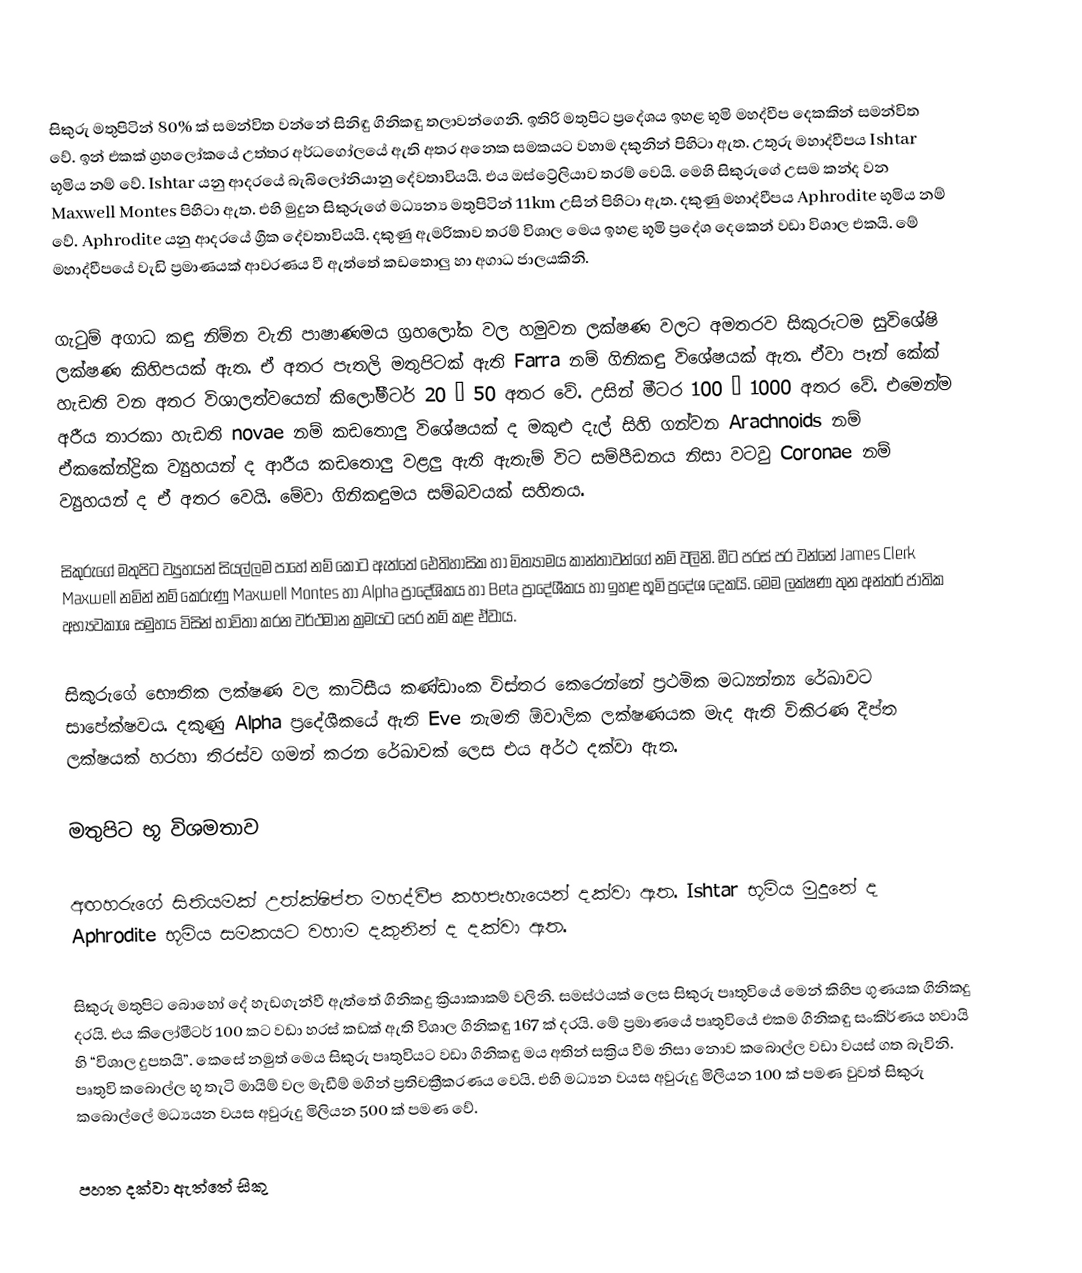
සිකුරු මතුපිටින් 80% ක් සමන්විත වන්නේ සිනිඳු ගිනිකඳු තලාවන්ගෙනි. ඉතිරි මතුපිට ප්‍රදේශය ඉහළ භූමි මහද්වීප දෙකකින් සමන්විත වේ. ඉන් එකක් ග්‍රහලෝකයේ උත්තර අර්ධ‍ගෝලයේ ඇති අතර අනෙක සමකයට වහාම දකුනින් පිහිටා ඇත. උතුරු මහාද්වීපය Ishtar භූමිය නම් වේ. Ishtar යනු ආදරයේ බැබිලෝනියානු දේවතාවියයි. එය ඔස්ට්‍රේලියාව තරම් වෙයි. මෙහි සිකුරුගේ උසම කන්ද වන Maxwell Montes පිහිටා ඇත. එහි මුදුන සිකුරුගේ මධ්‍යන්‍ය මතුපිටින් 11km උසින් පිහිටා ඇත. දකුණු මහාද්වීපය Aphrodite භූමිය නම් වේ. Aphrodite යනු ආදරයේ ග්‍රීක දේවතාවියයි. දකුණු ඇමරිකාව තරම් විශාල මෙය ඉහළ භූමි ප්‍රදේශ දෙකෙන් වඩා විශාල එකයි. මේ මහාද්වීපයේ වැඩි ප්‍රමාණයක් ආවරණය වී ඇත්තේ කඩතොලු හා අගාධ ජාලයකිනි.

ගැටුම් අගාධ කඳු නිම්න වැනි පාෂාණමය ග්‍රහලෝක වල හමුවන ලක්ෂණ වලට අමතරව සිකුරුටම සුවිශේෂි ලක්ෂණ කිහිපයක් ඇත. ඒ අතර පැතලි මතුපිටක් ඇති Farra  නම් ගිනිකඳු විශේෂයක් ඇත. ඒවා පෑන් කේක් හැඩති වන අතර විශාලත්වයෙන් කිලෝමීටර් 20 – 50 අතර වේ. උසින් මීටර 100 – 1000 අතර වේ. එමෙන්ම අරීය තාරකා හැඩති novae නම් කඩතොලු විශේෂයක් ද මකුළු දැල් සිහි ගන්වන Arachnoids නම්  ඒකකේන්ද්‍රික ව්‍යුහයන් ද ආරීය කඩතොලු වළලු ඇති ඇතැම් විට සම්පීඩනය නිසා වටවු Coronae නම් ව්‍යුහයන් ද ඒ අතර වෙයි. මේවා ගිනිකඳුමය සම්බවයක් සහිතය.

සිකුරුගේ මතුපිට ව්‍යුහයන් සියල්ලම පාහේ නම් කොට ඇත්තේ ඓතිහාසික හා මිත්‍යාමය කාන්තාවන්ගේ නම් වලිනි. මීට පරස් පර වන්නේ James Clerk Maxwell නමින් නම් කෙරුණු Maxwell Montes හා Alpha ප්‍රාදේශිකය හා Beta ප්‍රාදේශීකය හා ඉහළ භූමි ප්‍රදේශ දෙකයි. මෙම ලක්ෂණ තුන අන්තර් ජාතික අභ්‍යවකාශ සමුහය විසින් භාවිතා කරන වර්ථමාන ක්‍රමයට පෙර නම් කළ ඒවාය.

සිකුරුගේ භෞතික ලක්ෂණ වල කාටිසීය කණ්ඩාංක විස්තර කෙරෙන්නේ ප්‍රථමික මධ්‍යන්න්‍ය රේඛාවට සාපේක්ෂවය. දකුණු Alpha ප්‍රදේශීකයේ ඇති Eve නැමති ඕවාලික ලක්ෂණයක මැද ඇති විකිරණ දීප්ත ලක්ෂයක් හරහා තිරස්ව ගමන් කරන රේඛාවක් ලෙස එය අර්ථ දක්වා ඇත.

මතුපිට භූ විශමතාව

අඟහරුගේ සිතියමක් උත්ක්ෂිප්ත මහද්වීප කහපැහැයෙන් දක්වා ඇත. Ishtar භූමිය මුදුනේ ද Aphrodite භූමිය සමකයට වහාම දකුනින් ද දක්වා ඇත.

සිකුරු මතුපිට බොහෝ දේ හැඩගැන්වී ඇත්තේ ගිනිකදු ක්‍රියාකාකම් වලිනි. සමස්ථයක් ලෙස සිකුරු පෘතුවියේ මෙන් කිහිප ගුණයක ගිනිකදු දරයි. එය කිලෝමීටර් 100 කට වඩා හරස් කඩක් ඇති විශාල ගිනිකඳු 167 ක් දරයි. මේ ප්‍රමාණයේ පෘතුවියේ එකම ගිනිකඳු සංකිර්ණය හවායි හි “විශාල දුපතයි”. කෙසේ නමුත් මෙය සිකුරු පෘතුවියට වඩා ගිනිකඳු මය අතින් සක්‍රිය වීම නිසා නොව කබොල්ල වඩා වයස් ගත බැවිනි. පෘතුවි කබොල්ල භූ තැටි මායිම් වල මැඩීම් මගින් ප්‍රතිචක්‍රීකරණය වෙයි. එහි මධ්‍යන වයස අවුරුදු මිලියන 100 ක් පමණ වුවත් සිකුරු ක‍බොල්ලේ මධ්‍යයන වයස අවුරුදු මිලියන 500 ක් පමණ වේ.

පහත දක්වා ඇත්තේ සිකු